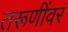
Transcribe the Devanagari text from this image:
तरूणींवर